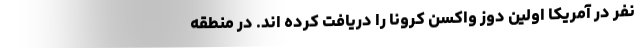
نفر در آمریکا اولین دوز واکسن کرونا را دریافت کرده اند. در منطقه